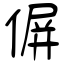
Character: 偋